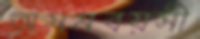
অসমবয়সী